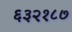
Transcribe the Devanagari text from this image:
६३२१८७